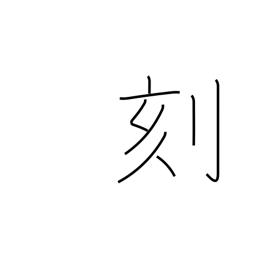
Meaning: hash